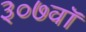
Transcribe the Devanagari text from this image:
३०७वॉ